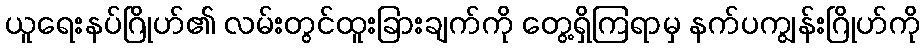
ယူရေးနပ်ဂြိုဟ်၏ လမ်းတွင်ထူးခြားချက်ကို တွေ့ရှိကြရာမှ နက်ပကျွန်းဂြိုဟ်ကို